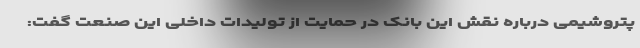
پتروشیمی درباره نقش این بانک در حمایت از تولیدات داخلی این صنعت گفت: